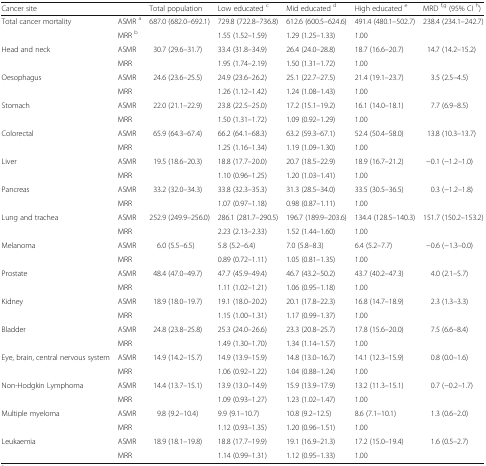
<table><thead><tr><td><b>Cancer site</b></td><td></td><td><b>Total population</b></td><td><b>Low educated <sup>c</sup></b></td><td><b>Mid educated <sup>d</sup></b></td><td><b>High educated <sup>e</sup></b></td><td><b>MRD <sup>f,g</sup> (95% CI <sup>h</sup>)</b></td></tr></thead><tbody><tr><td rowspan="2">Total cancer mortality</td><td>ASMR <sup>a</sup></td><td>687.0 (682.0–692.1)</td><td>729.8 (722.8–736.8)</td><td>612.6 (600.5–624.6)</td><td>491.4 (480.1–502.7)</td><td>238.4 (234.1–242.7)</td></tr><tr><td>MRR <sup>b</sup></td><td></td><td>1.55 (1.52–1.59)</td><td>1.29 (1.25–1.33)</td><td>1.00</td><td></td></tr><tr><td rowspan="2">Head and neck</td><td>ASMR</td><td>30.7 (29.6–31.7)</td><td>33.4 (31.8–34.9)</td><td>26.4 (24.0–28.8)</td><td>18.7 (16.6–20.7)</td><td>14.7 (14.2–15.2)</td></tr><tr><td>MRR</td><td></td><td>1.95 (1.74–2.19)</td><td>1.50 (1.31–1.72)</td><td>1.00</td><td></td></tr><tr><td rowspan="2">Oesophagus</td><td>ASMR</td><td>24.6 (23.6–25.5)</td><td>24.9 (23.6–26.2)</td><td>25.1 (22.7–27.5)</td><td>21.4 (19.1–23.7)</td><td>3.5 (2.5–4.5)</td></tr><tr><td>MRR</td><td></td><td>1.26 (1.12–1.42)</td><td>1.24 (1.08–1.43)</td><td>1.00</td><td></td></tr><tr><td rowspan="2">Stomach</td><td>ASMR</td><td>22.0 (21.1–22.9)</td><td>23.8 (22.5–25.0)</td><td>17.2 (15.1–19.2)</td><td>16.1 (14.0–18.1)</td><td>7.7 (6.9–8.5)</td></tr><tr><td>MRR</td><td></td><td>1.50 (1.31–1.72)</td><td>1.09 (0.92–1.29)</td><td>1.00</td><td></td></tr><tr><td rowspan="2">Colorectal</td><td>ASMR</td><td>65.9 (64.3–67.4)</td><td>66.2 (64.1–68.3)</td><td>63.2 (59.3–67.1)</td><td>52.4 (50.4–58.0)</td><td>13.8 (10.3–13.7)</td></tr><tr><td>MRR</td><td></td><td>1.25 (1.16–1.34)</td><td>1.19 (1.09–1.30)</td><td>1.00</td><td></td></tr><tr><td rowspan="2">Liver</td><td>ASMR</td><td>19.5 (18.6–20.3)</td><td>18.8 (17.7–20.0)</td><td>20.7 (18.5–22.9)</td><td>18.9 (16.7–21.2)</td><td>−0.1 (−1.2–1.0)</td></tr><tr><td>MRR</td><td></td><td>1.10 (0.96–1.25)</td><td>1.20 (1.03–1.41)</td><td>1.00</td><td></td></tr><tr><td rowspan="2">Pancreas</td><td>ASMR</td><td>33.2 (32.0–34.3)</td><td>33.8 (32.3–35.3)</td><td>31.3 (28.5–34.0)</td><td>33.5 (30.5–36.5)</td><td>0.3 (−1.2–1.8)</td></tr><tr><td>MRR</td><td></td><td>1.07 (0.97–1.18)</td><td>0.98 (0.87–1.11)</td><td>1.00</td><td></td></tr><tr><td rowspan="2">Lung and trachea</td><td>ASMR</td><td>252.9 (249.9–256.0)</td><td>286.1 (281.7–290.5)</td><td>196.7 (189.9–203.6)</td><td>134.4 (128.5–140.3)</td><td>151.7 (150.2–153.2)</td></tr><tr><td>MRR</td><td></td><td>2.23 (2.13–2.33)</td><td>1.52 (1.44–1.60)</td><td>1.00</td><td></td></tr><tr><td rowspan="2">Melanoma</td><td>ASMR</td><td>6.0 (5.5–6.5)</td><td>5.8 (5.2–6.4)</td><td>7.0 (5.8–8.3)</td><td>6.4 (5.2–7.7)</td><td>−0.6 (−1.3–0.0)</td></tr><tr><td>MRR</td><td></td><td>0.89 (0.72–1.11)</td><td>1.05 (0.81–1.35)</td><td>1.00</td><td></td></tr><tr><td rowspan="2">Prostate</td><td>ASMR</td><td>48.4 (47.0–49.7)</td><td>47.7 (45.9–49.4)</td><td>46.7 (43.2–50.2)</td><td>43.7 (40.2–47.3)</td><td>4.0 (2.1–5.7)</td></tr><tr><td>MRR</td><td></td><td>1.11 (1.02–1.21)</td><td>1.06 (0.95–1.18)</td><td>1.00</td><td></td></tr><tr><td rowspan="2">Kidney</td><td>ASMR</td><td>18.9 (18.0–19.7)</td><td>19.1 (18.0–20.2)</td><td>20.1 (17.8–22.3)</td><td>16.8 (14.7–18.9)</td><td>2.3 (1.3–3.3)</td></tr><tr><td>MRR</td><td></td><td>1.15 (1.00–1.31)</td><td>1.17 (0.99–1.37)</td><td>1.00</td><td></td></tr><tr><td rowspan="2">Bladder</td><td>ASMR</td><td>24.8 (23.8–25.8)</td><td>25.3 (24.0–26.6)</td><td>23.3 (20.8–25.7)</td><td>17.8 (15.6–20.0)</td><td>7.5 (6.6–8.4)</td></tr><tr><td>MRR</td><td></td><td>1.49 (1.30–1.70)</td><td>1.34 (1.14–1.57)</td><td>1.00</td><td></td></tr><tr><td rowspan="2">Eye, brain, central nervous system</td><td>ASMR</td><td>14.9 (14.2–15.7)</td><td>14.9 (13.9–15.9)</td><td>14.8 (13.0–16.7)</td><td>14.1 (12.3–15.9)</td><td>0.8 (0.0–1.6)</td></tr><tr><td>MRR</td><td></td><td>1.06 (0.92–1.22)</td><td>1.04 (0.88–1.24)</td><td>1.00</td><td></td></tr><tr><td rowspan="2">Non-Hodgkin Lymphoma</td><td>ASMR</td><td>14.4 (13.7–15.1)</td><td>13.9 (13.0–14.9)</td><td>15.9 (13.9–17.9)</td><td>13.2 (11.3–15.1)</td><td>0.7 (−0.2–1.7)</td></tr><tr><td>MRR</td><td></td><td>1.09 (0.93–1.27)</td><td>1.23 (1.02–1.47)</td><td>1.00</td><td></td></tr><tr><td rowspan="2">Multiple myeloma</td><td>ASMR</td><td>9.8 (9.2–10.4)</td><td>9.9 (9.1–10.7)</td><td>10.8 (9.2–12.5)</td><td>8.6 (7.1–10.1)</td><td>1.3 (0.6–2.0)</td></tr><tr><td>MRR</td><td></td><td>1.12 (0.93–1.35)</td><td>1.20 (0.96–1.51)</td><td>1.00</td><td></td></tr><tr><td rowspan="2">Leukaemia</td><td>ASMR</td><td>18.9 (18.1–19.8)</td><td>18.8 (17.7–19.9)</td><td>19.1 (16.9–21.3)</td><td>17.2 (15.0–19.4)</td><td>1.6 (0.5–2.7)</td></tr><tr><td>MRR</td><td></td><td>1.14 (0.99–1.31)</td><td>1.12 (0.95–1.33)</td><td>1.00</td><td></td></tr></tbody></table>